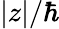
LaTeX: |z|/\hbar